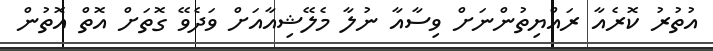
އުތުރު ކޮރެއާ ރައްޔިތުންނަށް ވިސާއާ ނުލާ މެލޭޝިއާއަށް ވަދެވޭ ގޮތަށް އޮތް އޮތުން